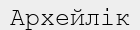
Архейлік